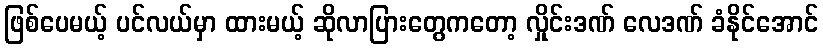
ဖြစ်ပေမယ့် ပင်လယ်မှာ ထားမယ့် ဆိုလာပြားတွေကတော့ လှိုင်းဒဏ် လေဒဏ် ခံနိုင်အောင်